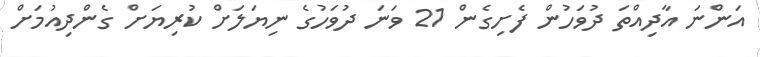
އަންނަ އާދިއްތަ ދުވަހުން ފެށިގެން 21 ވަނަ ދުވަހުގެ ނިޔަލަށް ކުރިޔަށް ގެންދިއުމަށް